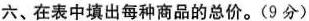
六、在表中填出每种商品的总价。(9分)